Annual administration report of the Civil Veterinary Department of India - 1893-1894
Year: 1893
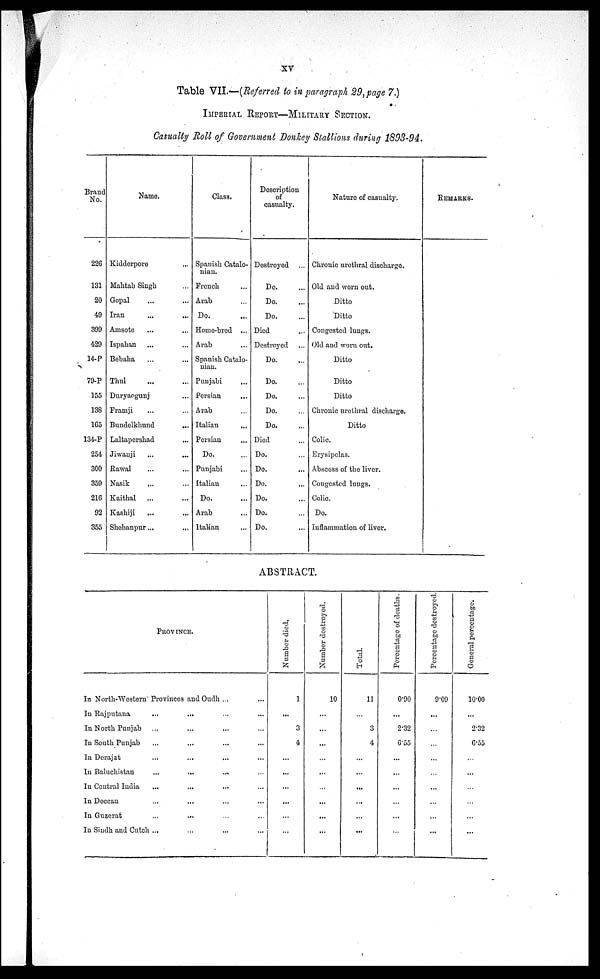
xv
Table VII.—(Referred to in paragraph 29, page 7.)
IMPERIAL REPORT-MILITARY SECTION.
Casualty Roll of Government Donkey Stallions during 1893-94.
Brand
No.
226
131
20
49
399
429
14-P
79-P
155
138
165
134-P
254
300
359
216
92
355
Name.
Kidderpore ...
Mahtab Singh ...
Gopal ... ...
Iran ... ...
Amsote ... ...
Ispahan ... ...
Bebaha ... ...
Thul ... ...
Duryaogunj ...
Framji ... ...
Bundelkhund ...
Laltapershad ...
Jiwanji ... ...
Rawal ... ...
Nasik ... ...
Kaithal ... ...
Kashiji ... ...
Shohanpur ... ...
Class.
Spanish Catalo-
nian.
French ...
Arab ...
Do. ...
Home-bred ...
Arab ...
Spanish Catalo-
nian. ...
Punjabi ...
Persian ...
Arab ...
Italian ...
Persian ...
Do. ...
Punjabi ...
Italian ...
Do. ...
Arab ...
Italian ...
Description
of
casualty.
Destroyed ...
Do. ...
Do. ...
Do. ...
Died ...
Destroyed ...
Do. ...
Do. ...
Do. ...
Do. ...
Do. ...
Died ...
Do. ...
Do. ...
Do. ...
Do. ...
Do. ...
Do. ...
Nature of casualty.
Chronic urethral discharge.
Old and worn out.
Ditto
Ditto
Congested lungs.
Old and worn out.
Ditto
Ditto
Ditto
Chronic urethral discharge.
Ditto
Colic.
Erysipelas.
Abscess of the liver.
Congested lungs.
Colic.
Do.
Inflammation of liver.
REMARKS.
ABSTRACT.
PROVINCE.
In North-Western Provinces and Oudh ... ...
In Rajputana ... ... ... ...
In North Punjab ... ... ... ...
In South Punjab ... ... ... ...
In Derajat ... ... ... ...
In Baluchistan ... ... ... ...
In Central India ... ... ... ...
In Deccan ... ... ... ...
In Guzerat ... ... ... ...
In Sindh and Cutch ... ... ... ...
Number died.
1
...
3
4
...
...
...
...
...
...
Number destroyed.
10
...
...
...
...
...
...
...
...
...
Total.
11
...
3
4
...
...
...
...
...
...
Percentage of deaths.
0.90
...
2.32
6.55
...
...
...
...
...
...
Percentage destroyed.
9.09
...
...
...
...
...
...
...
...
...
General percentage.
10.00
...
2.32
6.55
...
...
...
...
...
...